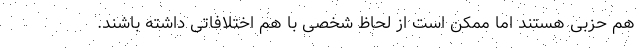
هم حزبی هستند اما ممکن است از لحاظ شخصی با هم اختلافاتی داشته باشند.